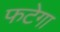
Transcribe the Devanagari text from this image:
फटेगा